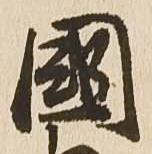
国